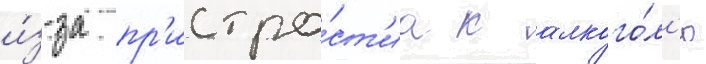
и́з-за пр'истра́ст'иа к алкого́л'ю